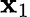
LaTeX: \mathbf{x}_{1}